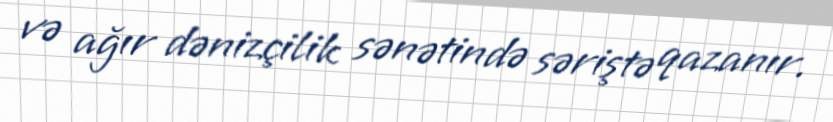
və ağır dənizçilik sənətində səriştə qazanır.